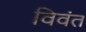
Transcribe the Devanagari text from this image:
विवंत